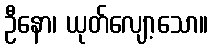
ဦနော၊ ယုတ်လျော့သော။